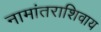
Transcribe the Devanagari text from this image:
नामांतराशिवाय